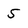
Character: 5